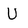
Character: U